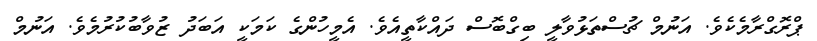
ޕްރޮގްރާމެކެވެ. އަނުމް ޗުސްތަޅުވާލީ ބިގްބޮސް ދައްކާތީއެވެ. އެމީހުންގެ ކަމަކީ އަބަދު ޒުވާބުކުރުމެވެ. އަނުމް